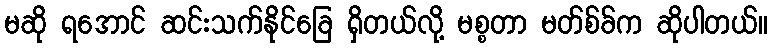
မဆို ရအောင် ဆင်းသက်နိုင်ခြေ ရှိတယ်လို့ မစ္စတာ မတ်စ်ခ်က ဆိုပါတယ်။